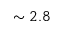
\sim 2 . 8